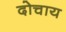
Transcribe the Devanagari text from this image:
दोचाय